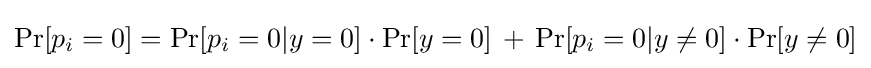
\Pr[p_{i}=0]=\Pr[p_{i}=0|y=0]\cdot \Pr[y=0]\,+\,\Pr[p_{i}=0|y\neq 0]\cdot \Pr[y\neq 0]